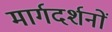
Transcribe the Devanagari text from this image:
मार्गदर्शनों